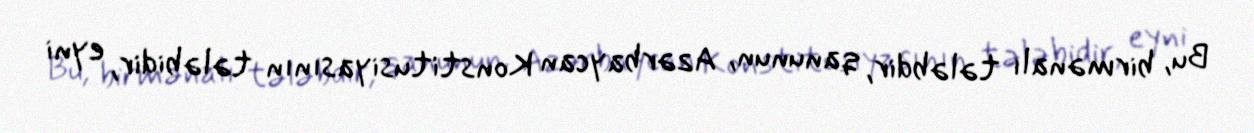
Bu, birmənalı tələbdir, qanunun, Azərbaycan Konstitusiyasının tələbidir, eyni